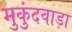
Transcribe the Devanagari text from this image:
मुकुंदवाड़ा